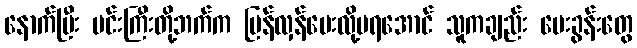
နောက်ပြီး မင်းကြီးတို့ဘက်က ပြန်လှန်မေးလို့မရအောင် သူကချည်း မေးခွန်းတွေ